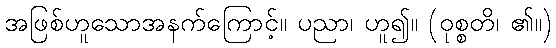
အဖြစ်ဟူသောအနက်ကြောင့်။ ပညာ၊ ဟူ၍။ (ဝုစ္စတိ၊ ၏။)